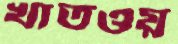
খাতওয়